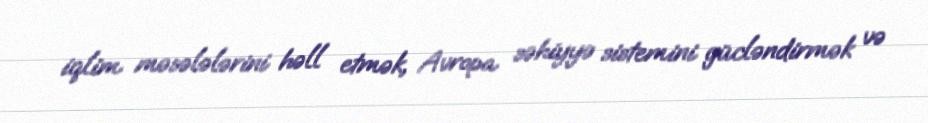
iqlim məsələlərini həll etmək, Avropa səhiyyə sistemini gücləndirmək və